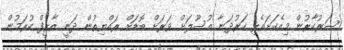
ސަރުކާރުން މިއެކަށައެޅި ހަރުދަނާ އުސޫލަށް ވަރަށް ބޮޑަށް ރައްޔިތުން ދަނީ ތާރީފް ކުރަމުން